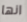
انها